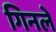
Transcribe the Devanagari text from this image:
गिनले